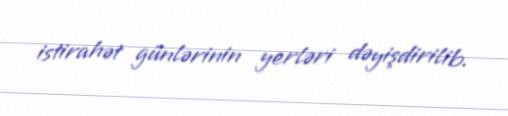
istirahət günlərinin yerləri dəyişdirilib.